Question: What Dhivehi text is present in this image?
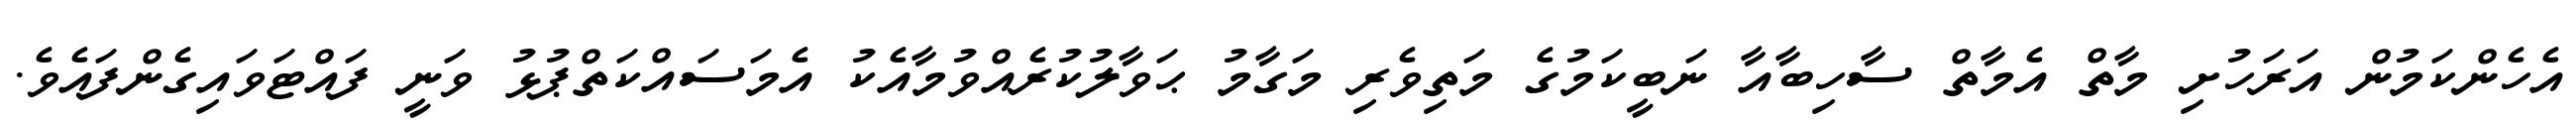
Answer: އެހެންކަމުން އަރަހުށި މާތް އެމާތް ސާހިބާއާ ނަބީކަމުގެ މަތިވެރި މަގާމު ޙަވާލުކުރެއްވުމާއެކު އެމަސައްކަތްޕުޅު ވަނީ ފައްޓަވައިގެންފައެވެ.